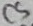
Text: C5